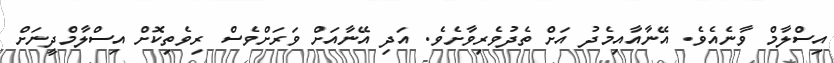
އިސްލާމް ވާނެއެވެ. އޭނާއާއިމެދު އަށް ތެދުވެރިވާށެވެ. އަދި އޭނާއަށް ވަރަށްވެސް ރިވެތިކޮށް އިސްލާމްދީނަށް